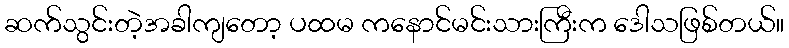
ဆက်သွင်းတဲ့အခါကျတော့ ပထမ ကနောင်မင်းသားကြီးက ဒေါသဖြစ်တယ်။